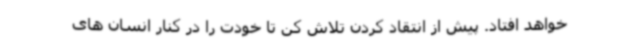
خواهد افتاد. پیش از انتقاد کردن تلاش کن تا خودت را در کنار انسان های